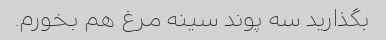
بگذارید سه پوند سینه مرغ هم بخورم.